Annual report on the working of the Harcourt Butler Institute of Public Health, Rangoon
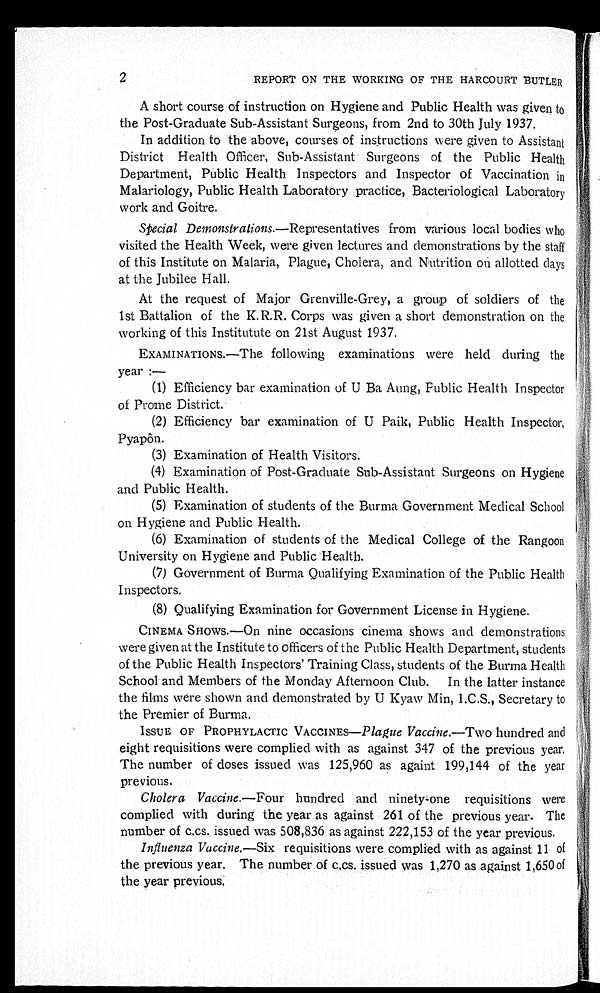
2
REPORT ON THE WORKING OF THE HARCOURT BUTLER
A short course of instruction on Hygiene and Public Health was given to
the Post-Graduate Sub-Assistant Surgeons, from 2nd to 30th July 1937.
In addition to the above, courses of instructions were given to Assistant
District Health Officer, Sub-Assistant Surgeons of the Public Health
Department, Public Health Inspectors and Inspector of Vaccination in
Malariology, Public Health Laboratory practice, Bacteriological Laboratory
work and Goitre.
Special Demonstrations .—Representatives from various local bodies who
visited the Health Week, were given lectures and demonstrations by the staff
of this Institute on Malaria, Plague, Cholera, and Nutrition on allotted days
at the Jubilee Hall.
At the request of Major Grenville-Grey, a group of soldiers of the
1st Battalion of the K.R.R. Corps was given a short demonstration on the
working of this Institutute on 21st August 1937.
EXAMINATIONS.—The following examinations were held during the
year :—
(1) Efficiency bar examination of U Ba Aung, Public Health Inspector
of Prome District.
(2) Efficiency bar examination of U Paik, Public Health Inspector,
Pyapôn.
(3) Examination of Health Visitors.
(4) Examination of Post-Graduate Sub-Assistant Surgeons on Hygiene
and Public Health.
(5) Examination of students of the Burma Government Medical School
on Hygiene and Public Health.
(6) Examination of students of the Medical College of the Rangoon
University on Hygiene and Public Health.
(7) Government of Burma Qualifying Examination of the Public Health
Inspectors.
(8) Qualifying Examination for Government License in Hygiene.
CINEMA SHOWS.—On nine occasions cinema shows and demonstrations
were given at the Institute to officers of the Public Health Department, students
of the Public Health Inspectors' Training Class, students of the Burma Health
School and Members of the Monday Afternoon Club. In the latter instance
the films were shown and demonstrated by U Kyaw Min, I.C.S., Secretary to
the Premier of Burma.
ISSUE OF PROPHYLACTIC VACCINES— Plague Vaccine.—Two hundred and
eight requisitions were complied with as against 347 of the previous year.
The number of doses issued was 125,960 as againt 199,144 of the year
previous.
Cholera Vaccine .—Four hundred and ninety-one requisitions were
complied with during the year as against 261 of the previous year. The
number of c.cs. issued was 508,836 as against 222,153 of the year previous.
Influenza Vaccine.—Six requisitions were complied with as against 11 of
the previous year. The number of c.cs. issued was 1,270 as against 1,650 of
the year previous.